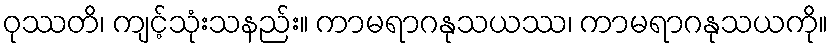
ဝုဿတိ၊ ကျင့်သုံးသနည်း။ ကာမရာဂနုသယဿ၊ ကာမရာဂနုသယကို။